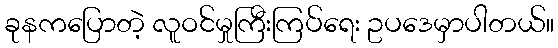
ခုနကပြောတဲ့ လူဝင်မှုကြီးကြပ်ရေး ဥပဒေမှာပါတယ်။